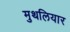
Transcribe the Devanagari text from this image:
मुथलियार